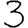
Digit: 3